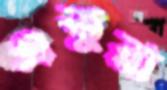
এতুরা